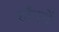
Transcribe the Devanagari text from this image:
हाँगरों